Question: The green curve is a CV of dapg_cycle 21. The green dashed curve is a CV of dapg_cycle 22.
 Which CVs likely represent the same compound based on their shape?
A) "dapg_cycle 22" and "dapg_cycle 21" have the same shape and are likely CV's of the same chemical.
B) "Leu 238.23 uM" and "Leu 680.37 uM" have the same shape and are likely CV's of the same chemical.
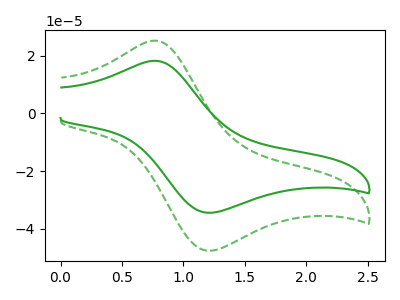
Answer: <think>The green curve "dapg_cycle 21" has an anodic peak at (0.75V, 18.30uA) and a cathodic peak at (1.25V, -34.45uA). The green dashed curve "dapg_cycle 22" has an anodic peak at (0.75V, 25.30uA) and a cathodic peak at (1.25V, -47.65uA).
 All the peaks in "dapg_cycle 21" have a peak in "dapg_cycle 22" at the same potential. Every peak in "dapg_cycle 21" is lower than every peak in "dapg_cycle 22".</think>
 <answer>A) "dapg_cycle 22" and "dapg_cycle 21" have the same shape and are likely CV's of the same chemical.</answer>
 <eval>A</eval>